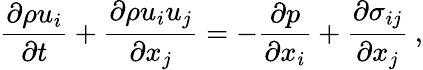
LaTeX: \frac{\partial\rho u_{i}}{\partial t}+\frac{\partial\rho u_{i}u_{j}}{\partial x_{j}}=-\frac{\partial p}{\partial x_{i}}+\frac{\partial\sigma_{ij}}{\partial x_{j}}\: ,